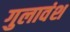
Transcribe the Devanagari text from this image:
गुलावंश